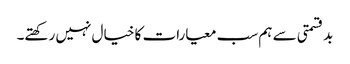
بدقسمتی سے ہم سب معیارات کا خیال نہیں رکھتے۔